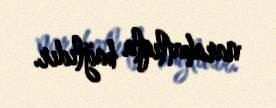
narahatlıqla bağlıdır.